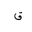
Letter: _qaf